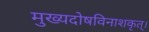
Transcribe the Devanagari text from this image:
मुख्यदोषविनाशकृत्।